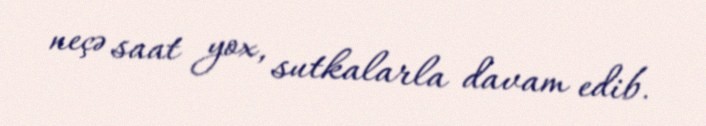
neçə saat yox, sutkalarla davam edib.